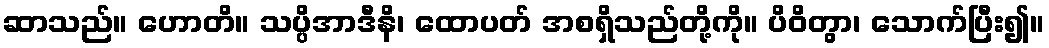
ဆာသည်။ ဟောတိ။ သပ္ပိအာဒီနိ၊ ထောပတ် အစရှိသည်တို့ကို။ ပိဝိတွာ၊ သောက်ပြီး၍။